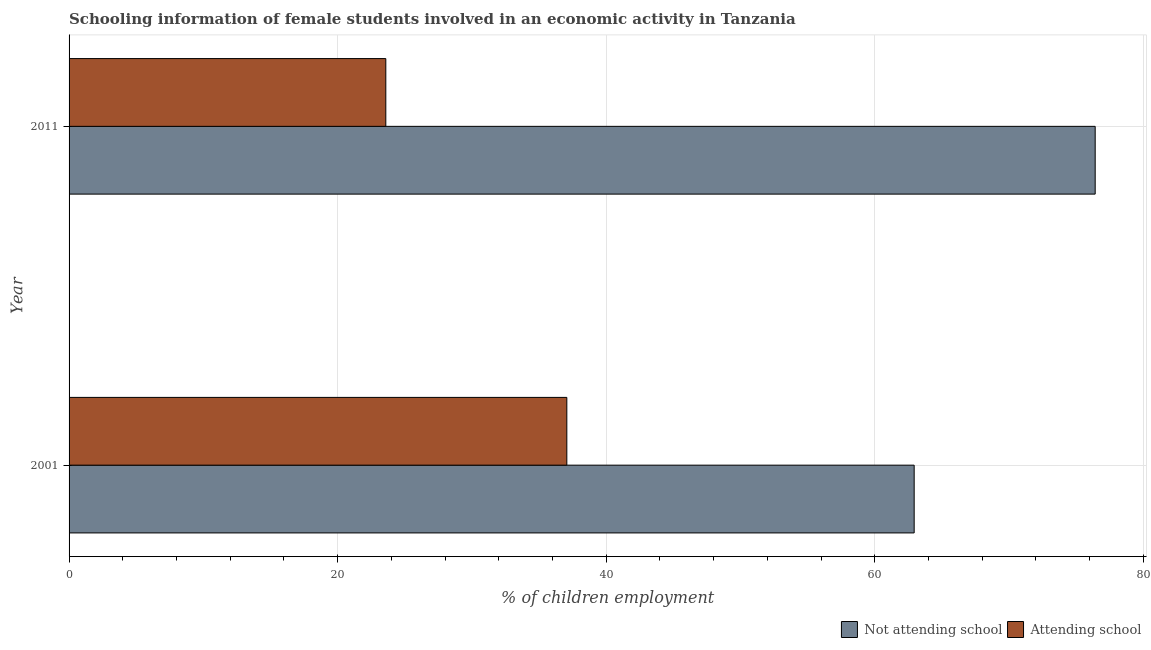
| Year | Not attending school | Attending school |
 | --- | --- | --- |
 | 2001 | 62.9 | 37.1 |
 | 2011 | 76.4 | 23.6 |